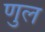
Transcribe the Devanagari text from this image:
णुल